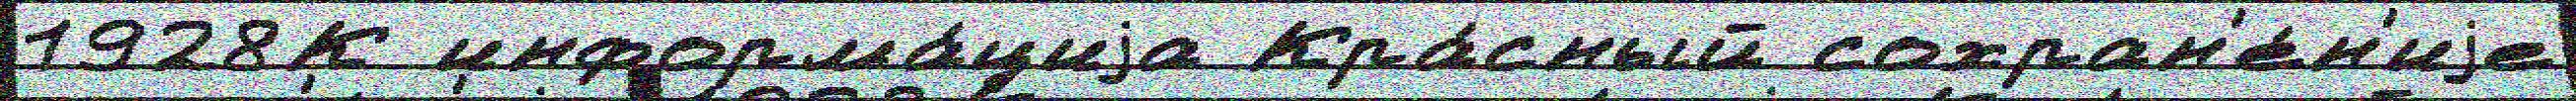
1928К информа́циjа Кра́сный сохран'е́н'иjе